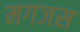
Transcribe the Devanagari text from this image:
मगजस